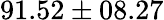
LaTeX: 91.52\pm 08.27